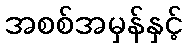
အစစ်အမှန်နှင့်